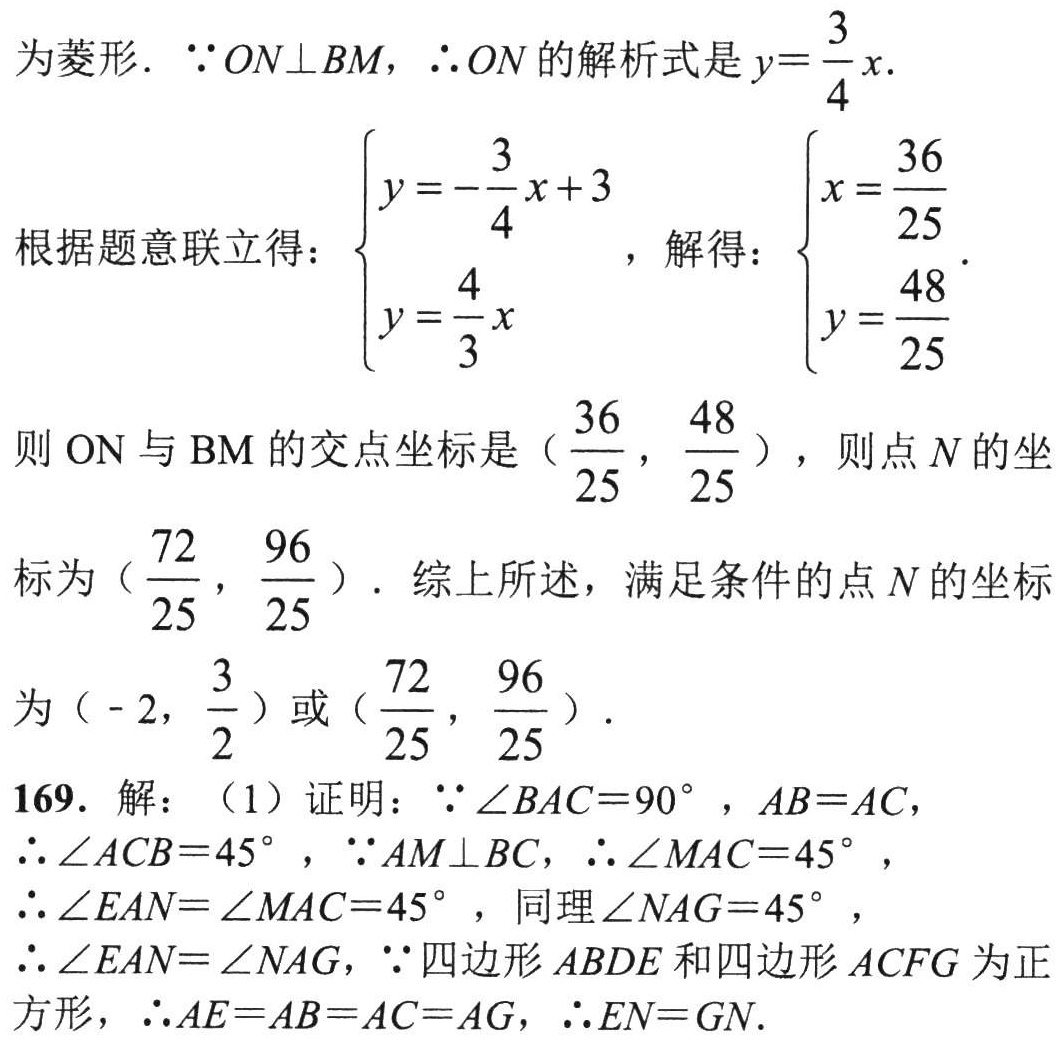
为菱形. $\because ON\perp BM$，$\therefore ON$ 的解析式是 $y = \frac{3}{4}x$.
根据题意联立得：$\begin{cases}y = -\frac{3}{4}x + 3\\y = \frac{4}{3}x\end{cases}$，解得：$\begin{cases}x = \frac{36}{25}\\y = \frac{48}{25}\end{cases}$.
则 $ON$ 与 $BM$ 的交点坐标是 $(\frac{36}{25}, \frac{48}{25})$，则点 $N$ 的坐标为 $(\frac{72}{25}, \frac{96}{25})$. 综上所述，满足条件的点 $N$ 的坐标为 $(-2, \frac{3}{2})$ 或 $(\frac{72}{25}, \frac{96}{25})$.
169. 解：（1）证明：$\because\angle BAC = 90^{\circ}$，$AB = AC$，$\therefore\angle ACB = 45^{\circ}$，$\because AM\perp BC$，$\therefore\angle MAC = 45^{\circ}$，$\therefore\angle EAN=\angle MAC = 45^{\circ}$，同理 $\angle NAG = 45^{\circ}$，$\therefore\angle EAN=\angle NAG$，$\because$ 四边形 $ABDE$ 和四边形 $ACFG$ 为正方形，$\therefore AE = AB = AC = AG$，$\therefore EN = GN$.